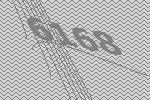
6168